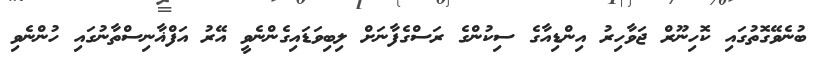
ބުނެވޭގޮތުގައި ކޮހިނޫރް ޖަވާހިރު އިންޑިއާގެ ސިކުންގެ ރަސްގެފާނަށް ލިބިވަޑައިގެންނެވީ އޭރު އަފްޣާނިސްތާނުގައި ހުންނެވި